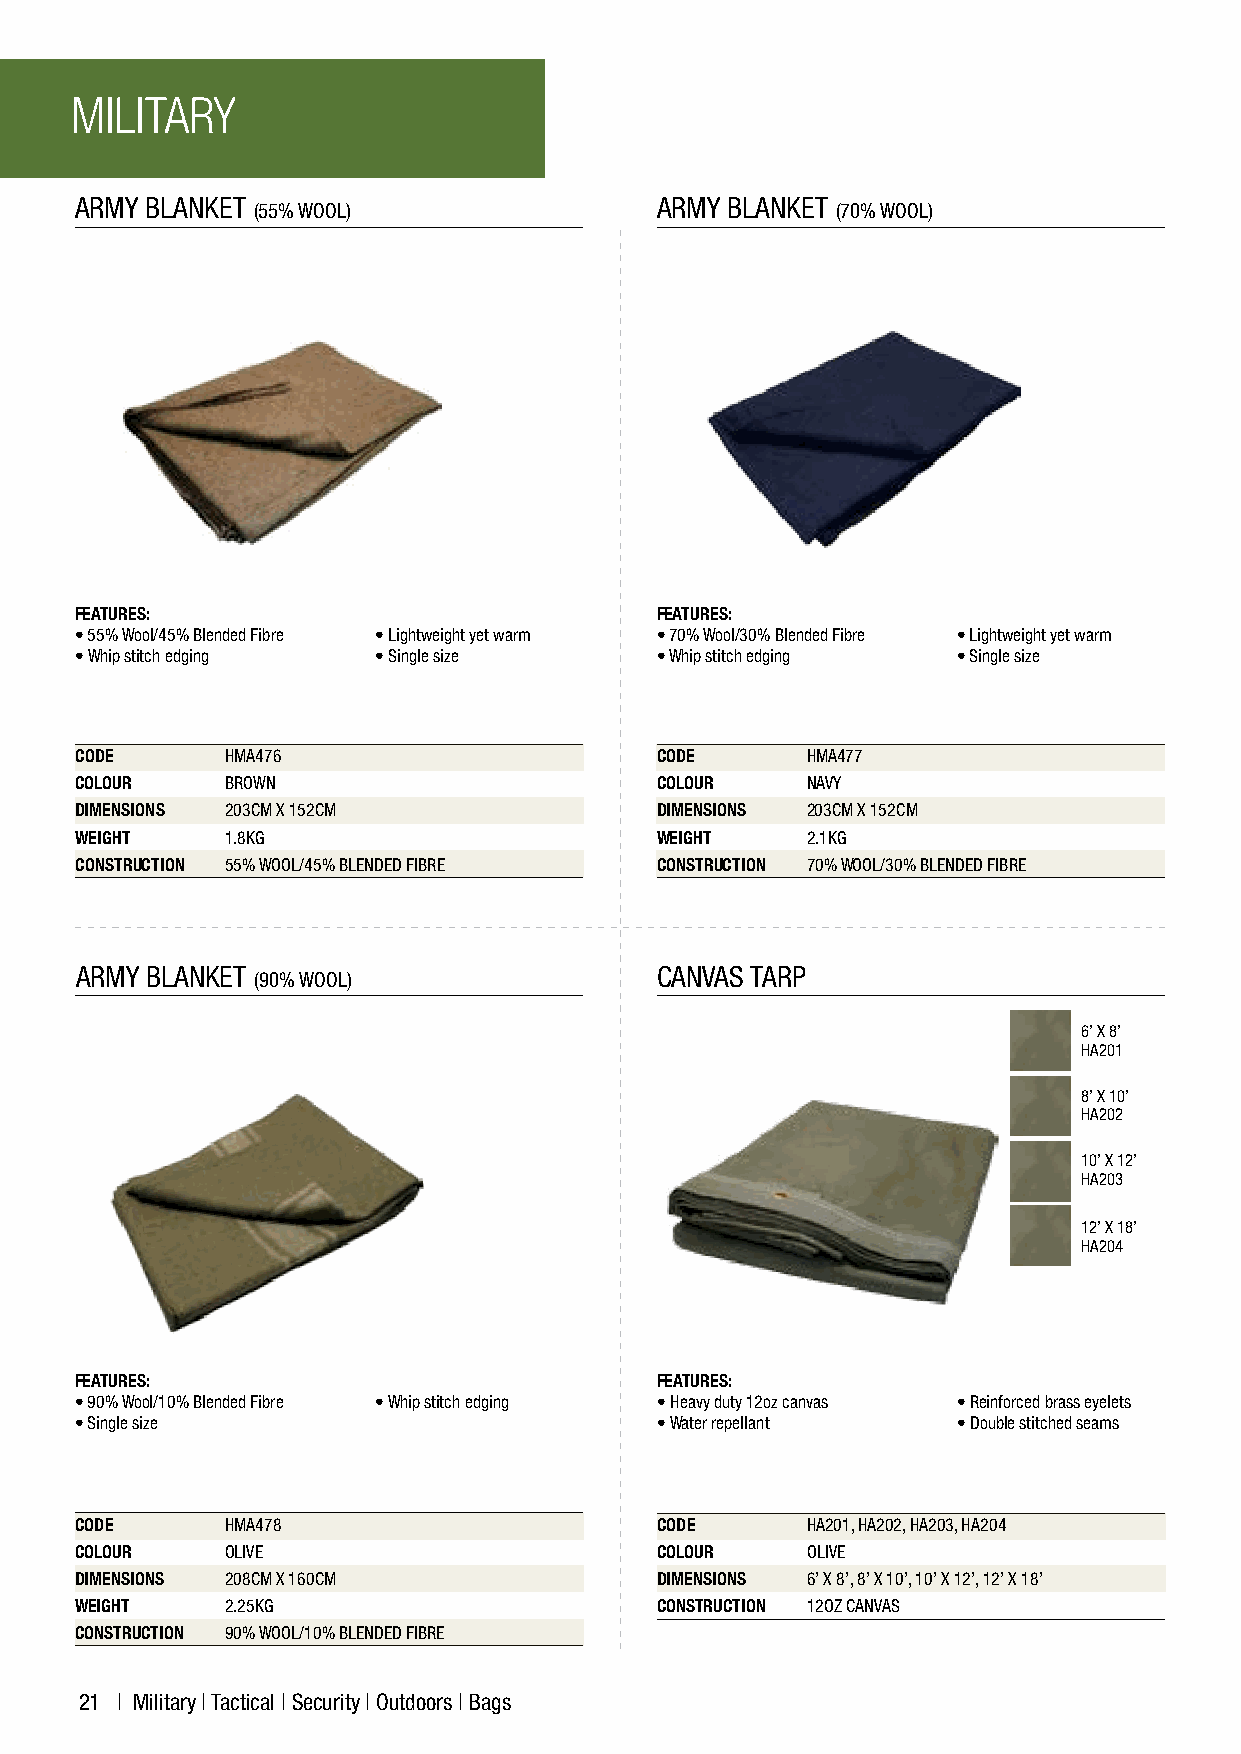
MILITARY
 ARMY BLANKET                          ARMY BLANKET
 (55% WOOL)                            (70% WOOL)
 F
 FEATURES:                             FEATURES:
 • 55% Wool/45% Blended Fibre • Lightweight yet warm • 70% Wool/30% Blended Fibre • Lightweight yet warm
 • Whip stitch edging • Single size    • Whip stitch edgOing • Single size
 O
 CODE      HMA476                      CODE      HMA477
 COLOUR    BROWN                       COLOUR    NAVY
 DIMENSIONS 203CM X 152CM              DIMENSIONS 203CM X 152CM
 WEIGHT    1.8KG          R            WEIGHT    2.1KG
 CONSTRUCTION 55% WOOL/45% BLENDED FIBRE CONSTRUCTION 70% WOOL/30% BLENDED FIBRE
 P
 ARMY BLANKET                          CANVAS TARP
 (90% WOOL)
 6’ X 8’
 HA201
 8’ X 10’
 HA202
 10’ X 12’
 HA203
 12’ X 18’
 HA204
 FEATURES:                             FEATURES:
 • 90% Wool/10% Blended Fibre • Whip stitch edging • Heavy duty 12oz canvas • Reinforced brass eyelets
 • Single size                         • Water repellant   • Double stitched seams
 CODE      HMA478                      CODE      HA201, HA202, HA203, HA204
 COLOUR    OLIVE                       COLOUR    OLIVE
 DIMENSIONS 208CM X 160CM              DIMENSIONS 6’ X 8’, 8’ X 10’, 10’ X 12’, 12’ X 18’
 WEIGHT    2.25KG                      CONSTRUCTION 12OZ CANVAS
 CONSTRUCTION 90% WOOL/10% BLENDED FIBRE
 21 | Military | Tactical | Security | Outdoors | Bags